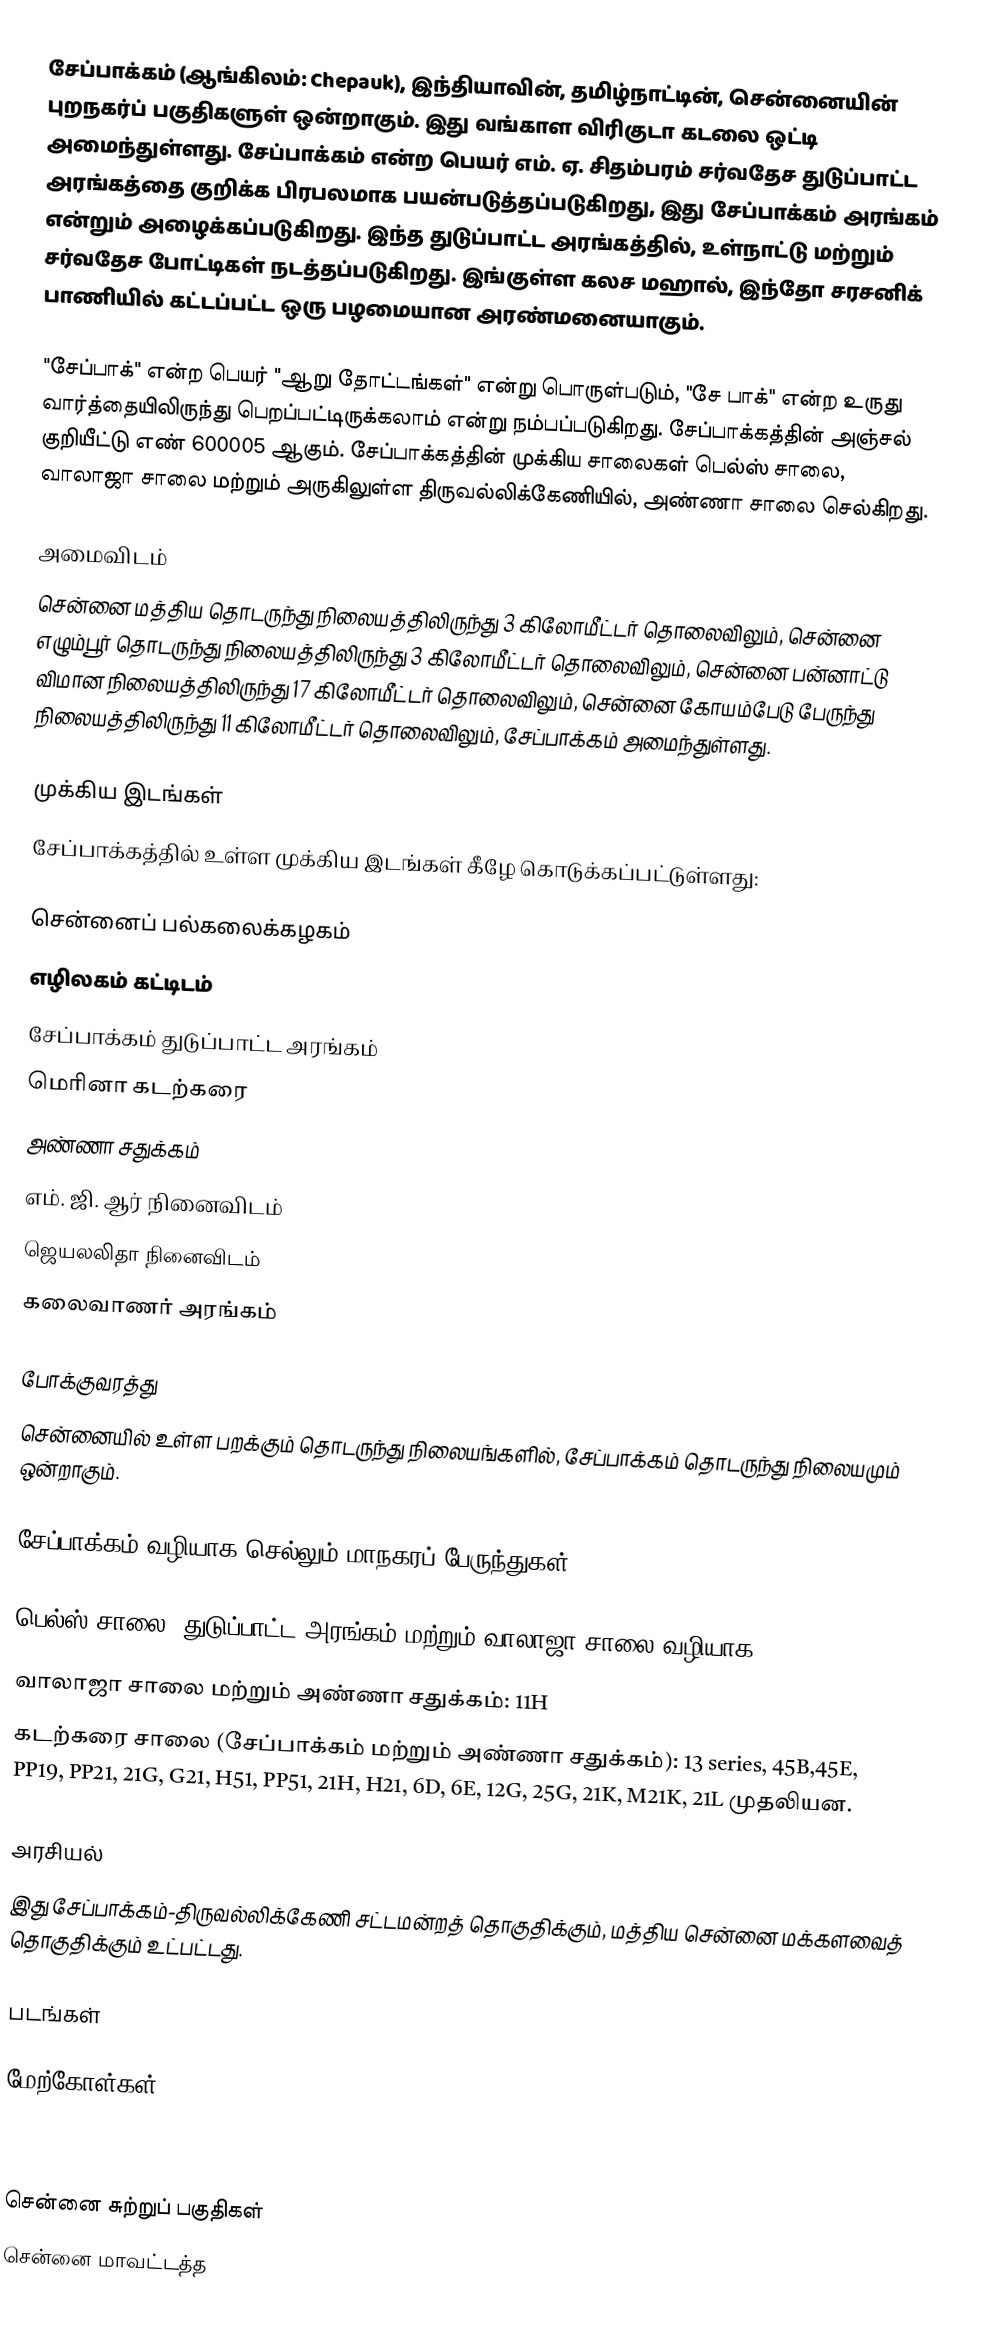
சேப்பாக்கம் (ஆங்கிலம்: Chepauk), இந்தியாவின், தமிழ்நாட்டின், சென்னையின் புறநகர்ப் பகுதிகளுள் ஒன்றாகும். இது வங்காள விரிகுடா கடலை ஒட்டி அமைந்துள்ளது. சேப்பாக்கம் என்ற பெயர் எம். ஏ. சிதம்பரம் சர்வதேச துடுப்பாட்ட அரங்கத்தை குறிக்க பிரபலமாக பயன்படுத்தப்படுகிறது, இது சேப்பாக்கம் அரங்கம் என்றும் அழைக்கப்படுகிறது. இந்த துடுப்பாட்ட அரங்கத்தில், உள்நாட்டு மற்றும் சர்வதேச போட்டிகள் நடத்தப்படுகிறது. இங்குள்ள கலச மஹால், இந்தோ சரசனிக் பாணியில் கட்டப்பட்ட ஒரு பழமையான அரண்மனையாகும்.

"சேப்பாக்" என்ற பெயர் "ஆறு தோட்டங்கள்" என்று பொருள்படும், "சே பாக்" என்ற உருது வார்த்தையிலிருந்து பெறப்பட்டிருக்கலாம் என்று நம்பப்படுகிறது. சேப்பாக்கத்தின் அஞ்சல் குறியீட்டு எண் 600005 ஆகும். சேப்பாக்கத்தின் முக்கிய சாலைகள் பெல்ஸ் சாலை, வாலாஜா சாலை மற்றும் அருகிலுள்ள திருவல்லிக்கேணியில், அண்ணா சாலை செல்கிறது.

அமைவிடம்
சென்னை மத்திய தொடருந்து நிலையத்திலிருந்து 3 கிலோமீட்டர் தொலைவிலும், சென்னை எழும்பூர் தொடருந்து நிலையத்திலிருந்து 3 கிலோமீட்டர் தொலைவிலும், சென்னை பன்னாட்டு விமான நிலையத்திலிருந்து 17 கிலோமீட்டர் தொலைவிலும், சென்னை கோயம்பேடு பேருந்து நிலையத்திலிருந்து 11 கிலோமீட்டர் தொலைவிலும், சேப்பாக்கம் அமைந்துள்ளது.

முக்கிய இடங்கள்
சேப்பாக்கத்தில் உள்ள முக்கிய இடங்கள் கீழே கொடுக்கப்பட்டுள்ளது:

 சென்னைப் பல்கலைக்கழகம்
 எழிலகம் கட்டிடம்
 சேப்பாக்கம் துடுப்பாட்ட அரங்கம்
 மெரினா கடற்கரை
 அண்ணா சதுக்கம்
 எம். ஜி. ஆர் நினைவிடம்
 ஜெயலலிதா நினைவிடம்
 கலைவாணர் அரங்கம்

போக்குவரத்து
சென்னையில் உள்ள பறக்கும் தொடருந்து நிலையங்களில், சேப்பாக்கம் தொடருந்து நிலையமும் ஒன்றாகும்.

சேப்பாக்கம் வழியாக செல்லும் மாநகரப் பேருந்துகள்:

 பெல்ஸ் சாலை, துடுப்பாட்ட அரங்கம் மற்றும் வாலாஜா சாலை வழியாக: 22A, 6A, 22, 27B, 127B, 27L, 27H, 40, 40A, M28
 வாலாஜா சாலை மற்றும் அண்ணா சதுக்கம்: 11H
 கடற்கரை சாலை (சேப்பாக்கம் மற்றும் அண்ணா சதுக்கம்): 13 series, 45B,45E, PP19, PP21, 21G, G21, H51, PP51, 21H, H21, 6D, 6E, 12G, 25G, 21K, M21K, 21L முதலியன.

அரசியல்
இது சேப்பாக்கம்-திருவல்லிக்கேணி சட்டமன்றத் தொகுதிக்கும், மத்திய சென்னை மக்களவைத் தொகுதிக்கும் உட்பட்டது.

படங்கள்

மேற்கோள்கள்



சென்னை சுற்றுப் பகுதிகள்
சென்னை மாவட்டத்த